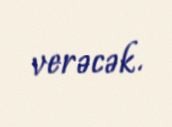
verəcək.